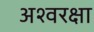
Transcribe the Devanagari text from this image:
अश्वरक्षा